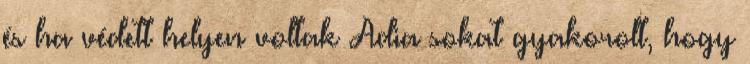
és ha védett helyen voltak Adia sokat gyakorolt, hogy